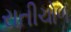
રાતીચોળ